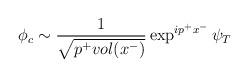
LaTeX: \begin{align*}\phi_{c} \sim\frac1{\sqrt{p^+ vol(x^-)}} \exp^{ip^+ x^-}\psi_T \end{align*}